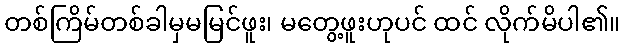
တစ်ကြိမ်တစ်ခါမှမမြင်ဖူး၊ မတွေ့ဖူးဟုပင် ထင် လိုက်မိပါ၏။